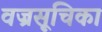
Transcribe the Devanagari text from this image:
वज्रसूचिका